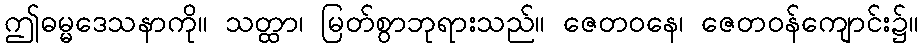
ဤဓမ္မဒေသနာကို။ သတ္ထာ၊ မြတ်စွာဘုရားသည်။ ဇေတဝနေ၊ ဇေတဝန်ကျောင်း၌။